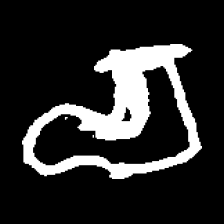
Pyu character \u2014 Myanmar letter: စ (romanized: ca)